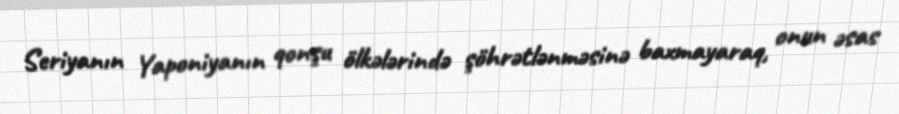
Seriyanın Yaponiyanın qonşu ölkələrində şöhrətlənməsinə baxmayaraq, onun əsas